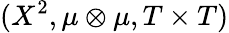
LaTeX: (X^{2},\mu\otimes\mu,T\times T)